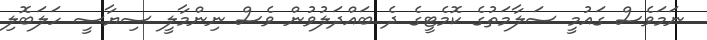
ނަމަވެސް ގައުމީ ސަލާމަތުގެ ކޮމެޓީގެ ދެ ބައްދަލުވުން ވެސް ނިންމާލީ ސިޔާސީ ހަލަބޮލި